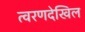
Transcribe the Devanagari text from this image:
त्वरणदेखिल